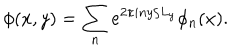
LaTeX: \phi ( x , y ) = \sum _ { n } e ^ { 2 \pi i n y / L _ { y } } \phi _ { n } ( x ) .